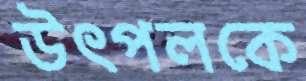
উৎপলকে